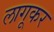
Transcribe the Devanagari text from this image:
लागूकर